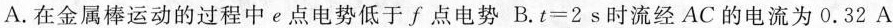
A.在金属棒运动的过程中e点电势低于f点电势 B.$$t=2s$$时流经AC的电流为0.32A